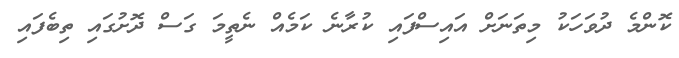
ކޮންމެ ދުވަހަކު މިތަނަށް އައިސްފައި ކުރާނެ ކަމެއް ނެތީމަ ގަސް ދޮށުގައި ތިބެފައި